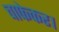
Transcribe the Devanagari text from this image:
चाफेकर।